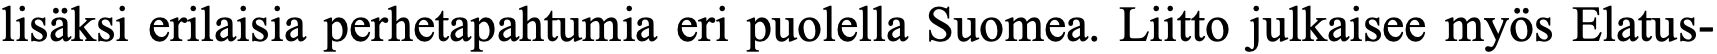
lisäksi erilaisia perhetapahtumia eri puolella Suomea. Liitto julkaisee myös Elatus-